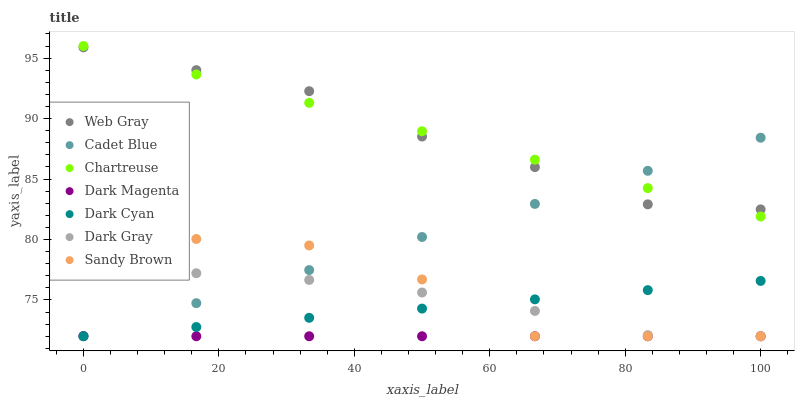
| xaxis_label | Web Gray | Cadet Blue | Chartreuse | Dark Magenta | Dark Cyan | Dark Gray | Sandy Brown |
 | --- | --- | --- | --- | --- | --- | --- | --- |
 | 0 | 95.9 | 72 | 96 | 72 | 72 | 77.3 | 78.3 |
 | 16.7 | 94 | 74.7 | 93.7 | 72 | 72.8 | 77.2 | 80 |
 | 33.3 | 92.3 | 77.5 | 91.3 | 72 | 73.5 | 76.7 | 79.5 |
 | 50 | 88.5 | 80.2 | 89 | 72 | 74.3 | 75.6 | 76.7 |
 | 66.7 | 86 | 82.9 | 86.6 | 72 | 75.1 | 74.1 | 72 |
 | 83.3 | 82.9 | 85.7 | 84.3 | 72 | 75.8 | 72.1 | 72 |
 | 100 | 82.5 | 88.4 | 81.9 | 72 | 76.6 | 72 | 72 |